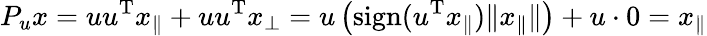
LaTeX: P_{u}x=uu^{\mathrm{T}}x_{\parallel}+uu^{\mathrm{T}}x_{\perp}=u\left(\mathrm{sign}(u^{\mathrm{T}}x_{\parallel})\| x_{\parallel}\| \right)+u\cdot 0=x_{\parallel}